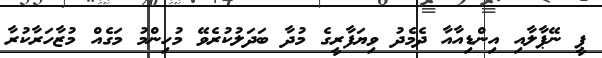
ޕީ ނޭޕާލާއި އިންޑިއާއާ ދެމެދު ވިޔަފާރީގެ މުދާ ބަދަލުކުރެވޭ މުހިންމު މަގެއް މުޒާހަރާކުރާ